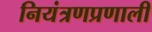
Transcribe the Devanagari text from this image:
नियंत्रणप्रणाली